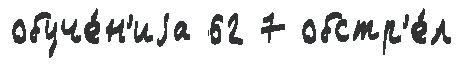
обуче́н'иjа 62 7 обстр'е́л